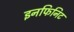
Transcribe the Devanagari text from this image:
इनफिनिट